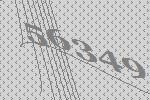
56349